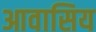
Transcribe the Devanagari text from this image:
आवासिय